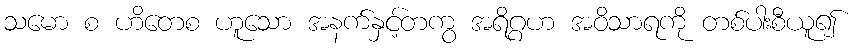
သမော စ ဟိတေစ ဟူသော အနက်နှင့်တကွ အရိဂ္ဂဟ အဝိသာရကို တစ်ပါးစီယူ၍